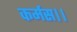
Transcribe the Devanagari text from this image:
कर्मस।।